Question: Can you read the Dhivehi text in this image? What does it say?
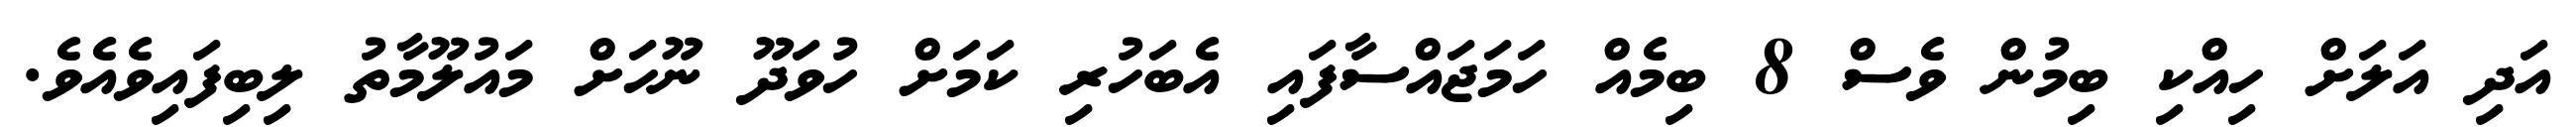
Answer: އަދި އަލަށް ހިއްކި ބިމުން ވެސް 8 ބިމެއް ހަމަޖައްސާފައި އެބަހުރި ކަމަށް ހުވަދޫ ނޫހަށް މައުލޫމާތު ލިބިފައިވެއެވެ.